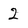
Character: 2